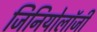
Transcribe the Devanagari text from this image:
जिनियोलॉजी